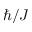
\hbar / J